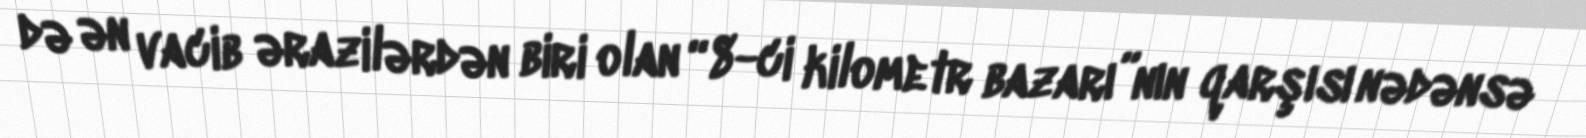
də ən vacib ərazilərdən biri olan “8-ci kilometr bazarı”nın qarşısı nədənsə